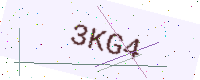
Text: 3KG4